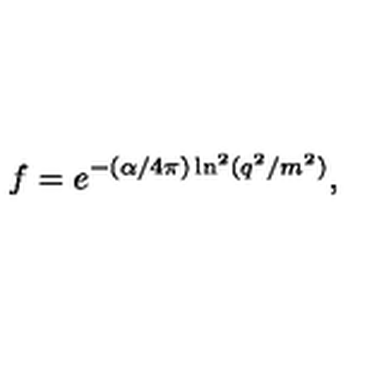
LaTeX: f = e ^ { - ( \alpha / 4 \pi ) \ln ^ { 2 } ( q ^ { 2 } / m ^ { 2 } ) } ,